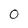
Character: 0